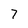
Character: 7